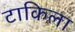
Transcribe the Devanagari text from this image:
टाकिला